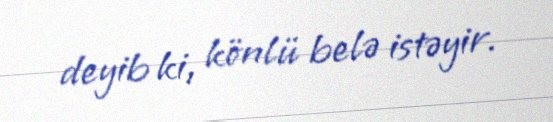
deyib ki, könlü belə istəyir.